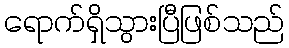
ရောက်ရှိသွားပြီဖြစ်သည်